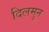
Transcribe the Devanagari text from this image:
दिलमुन